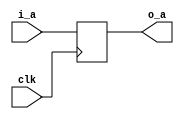
`timescale 1ns / 1ps
//////////////////////////////////////////////////////////////////////////////////
// Company: 
// Engineer: 
// 
// Design Name: 
// Module Name:    Ejercicio_1 
// Project Name: 
// Target Devices: 
// Tool versions: 
// Description: 
//
// Dependencies: 
//
// Revision: 
// Revision 0.01 - File Created
// Additional Comments: 
//
//////////////////////////////////////////////////////////////////////////////////
module Ejercicio_1
	#( parameter N = 32
		)
	(	input wire [N-1:0]i_a,
		output reg [N-1:0]o_a,
		input wire clk
	);

always @(posedge clk)
	o_a<=i_a;

endmodule